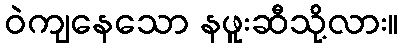
ဝဲကျနေသော နဖူးဆီသို့လား။